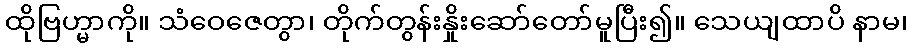
ထိုဗြဟ္မာကို။ သံဝေဇေတွာ၊ တိုက်တွန်းနှိုးဆော်တော်မူပြီး၍။ သေယျထာပိ နာမ၊